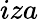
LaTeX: iza